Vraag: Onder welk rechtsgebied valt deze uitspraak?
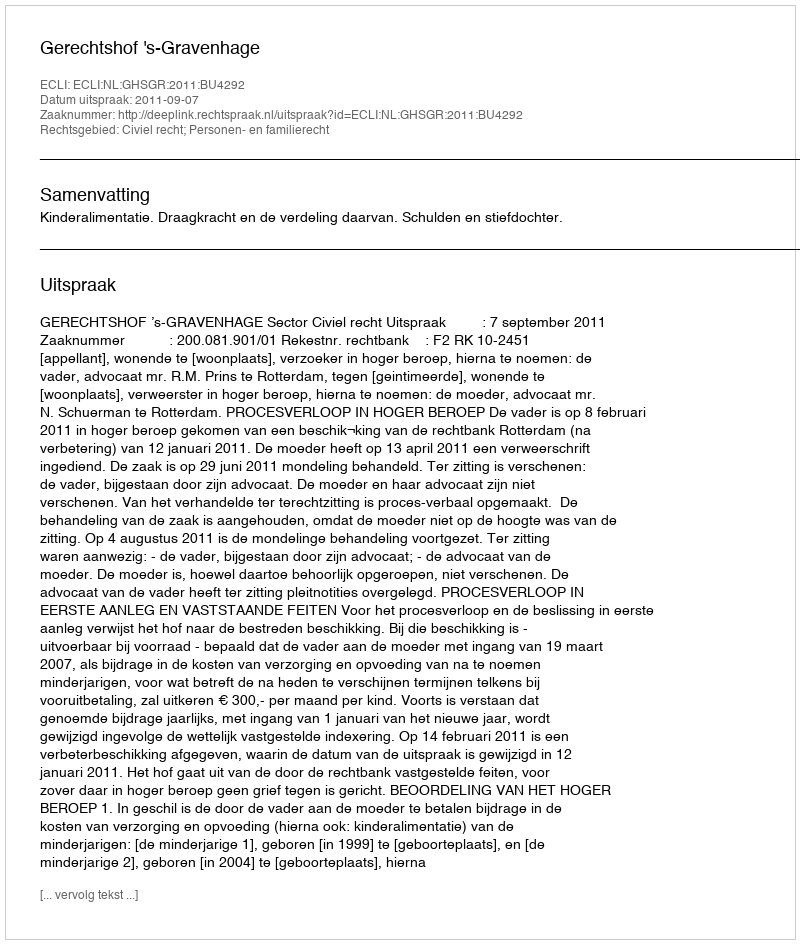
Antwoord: Civiel recht; Personen- en familierecht